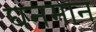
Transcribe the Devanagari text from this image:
घनमान